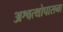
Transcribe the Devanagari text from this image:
अश्वत्थोपासना